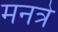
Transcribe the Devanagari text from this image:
मनत्रे